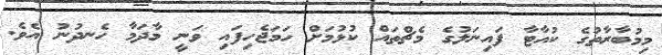
މިމުބާރާތުގެ ކުއާޓާ ފައިނަލުގެ މެޗްތައް ކުޅުމަށް ހަމަޖެހިފައި ވަނީ މާދަމާ ހެނދުނު އެވެ.